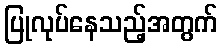
ပြုလုပ်နေသည့်အတွက်